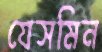
যেসমিন